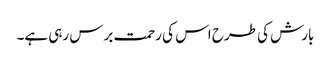
بارش کی طرح اس کی رحمت برس رہی ہے۔